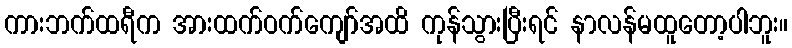
ကားဘက်ထရီက အားထက်ဝက်ကျော်အထိ ကုန်သွားပြီးရင် နာလန်မထူတော့ပါဘူး။